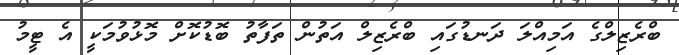
ބްރެޒިލްގެ އަމިއްލަ ދަނޑުގައި ބްރެޒިލް އަތުން ތަފާތު ބޮޑުކޮށް މޮޅުވުމަކީ އެ ޓީމު